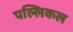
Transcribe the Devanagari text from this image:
पल्लिकल